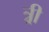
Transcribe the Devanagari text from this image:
त्र्री